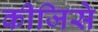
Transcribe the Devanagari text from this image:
कीजिसे